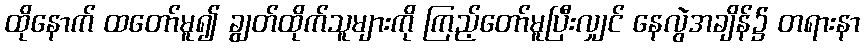
ထိုနောက် ထတော်မူ၍ ချွတ်ထိုက်သူများကို ကြည့်တော်မူပြီးလျှင် နေလွဲအချိန်၌ တရားနာ